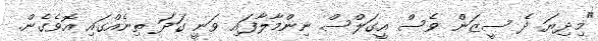
"މިދިޔަ ދެ ސީޒަން ވެސް އީގަލްސް ނިންމާލާފައި ވަނީ ގަދަ ތިނެއްގައި އޮވެގެން.